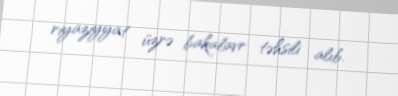
riyaziyyat üzrə bakalavr təhsili alıb.